Lunatic asylums in Bengal annual reports 1888-1898 - 1888-1898
Year: 1888
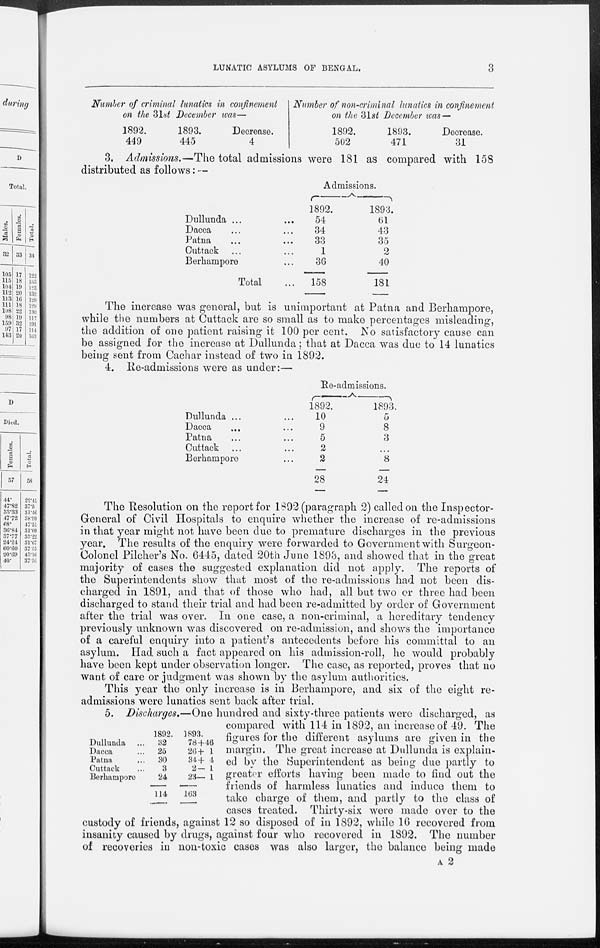
LUNATIC ASYLUMS OF BENGAL.
3
Number of criminal lunatics in confinement
on the 31st December was—
1892.
449
1893.
445
Decrease.
4
Number of non-criminal lunatics in confinement
on the 31st December was —
1892.
502
1893.
471
Decrease.
31
3. Admissions.—The total admissions were 181 as compared with 158
distributed as follows: —
Dullunda ... ...
Dacca ... ...
Patna ... ...
Cuttack ... ...
Berhampore ...
Total ...
Admissions.
1892.
54
34
33
1
36
158
1893.
61
43
35
2
40
181
The increase was general, but is unimportant at Patna and Berhampore,
while the numbers at Cuttack are so small as to make percentages misleading,
the addition of one patient raising it 100 per cent. No satisfactory cause can
be assigned for the increase at Dullunda; that at Dacca was due to 14 lunatics
being sent from Cachar instead of two in 1892.
4. Re-admissions were as under:—
Dullunda ... ...
Dacca ... ...
Patna ... ...
Cuttack ... ...
Berhampore ...
Re-admissions.
1892.
10
9
5
2
2
28
1893.
5
8
3
...
8
24
The Resolution on the report for 1892 (paragraph 2) called on the Inspector-
General of Civil Hospitals to enquire whether the increase of re-admissions
in that year might not have been due to premature discharges in the previous
year. The results of the enquiry were forwarded to Government with Surgeon-
Colonel Pilcher's No. 6445, dated 20th June 1893, and showed that in the great
majority of cases the suggested explanation did not apply. The reports of
the Superintendents show that most of the re-admissions had not been dis-
charged in 1891, and that of those who had, all but two or three had been
discharged to stand their trial and had been re-admitted by order of Government
after the trial was over. In one case, a non-criminal, a hereditary tendency
previously unknown was discovered on re-admission, and shows the importance
of a careful enquiry into a patient's antecedents before his committal to an
asylum. Had. such a fact appeared on his admission-roll, he would probably
have been kept under observation longer. The case, as reported, proves that no
want of care or judgment was shown by the asylum authorities.
This year the only increase is in Berhampore, and six of the eight re-
admissions were lunatics sent back after trial.
Dullunda ...
Dacca ...
Patna ...
Cuttack ...
Berhampore
1892.
32
25
30
3
24
114
1893.
78 + 46
20 + 1
34 + 4
2 — 1
23 — 1
163
5. Discharges.—One hundred and sixty-three patients were discharged, as
compared with 114 in 1892, an increase of 49. The
figures for the different asylums are given in the
margin. The great increase at Dullunda is explain-
ed by the Superintendent as being due partly to
greater efforts having been made to find out the
friends of harmless lunatics and induce them to
take charge of them, and partly to the class of
cases treated. Thirty-six were made over to the
custody of friends, against 12 so disposed of in 1892, while 16 recovered from
insanity caused by drugs, against four who recovered in 1892. The number
of recoveries in non-toxic cases was also larger, the balance being made
A 2